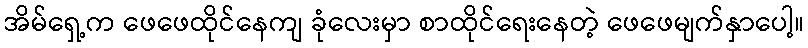
အိမ်ရှေ့က ဖေဖေထိုင်နေကျ ခုံလေးမှာ စာထိုင်ရေးနေတဲ့ ဖေဖေမျက်နှာပေါ့။